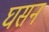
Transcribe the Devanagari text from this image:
घसन